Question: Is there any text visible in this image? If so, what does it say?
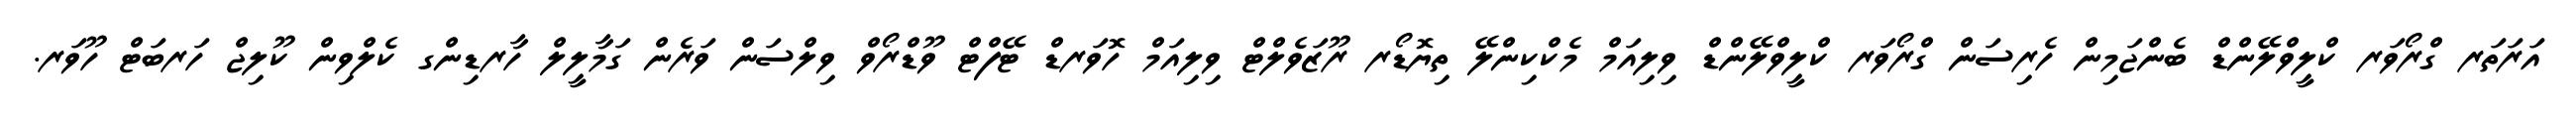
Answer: އަރަތަރ ގްރޯވަރ ކްލީވްލޭންޑް ބެންޖަމިން ހެރިސަން ގްރޯވަރ ކްލީވްލޭންޑް ވިލިއަމް މެކްކިންލޭ ތިޔޮޑޯރ ރޫޒަވެލްޓް ވިލިއަމް ހޮވަރޑް ޓޭފްޓް ވޫޑްރޯވް ވިލްސަން ވަރެން ގަމާލީލް ހާރޑިންގ ކެލްވިން ކޫލިޖް ހަރބަޓް ހޫވަރ.